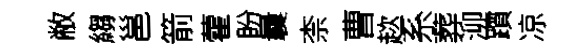
敝縐邕箭藿盼曩柰曹趑系葬泖躓凉